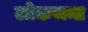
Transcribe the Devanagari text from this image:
लोकसन्त